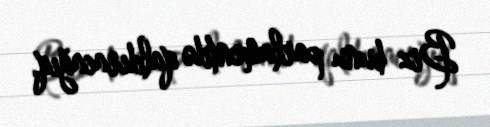
Biz bunu parlamentdə qaldıracağıq.